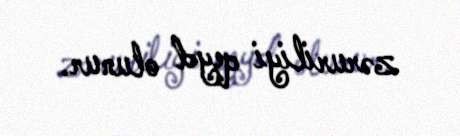
zəruriliyi qeyd olunur.